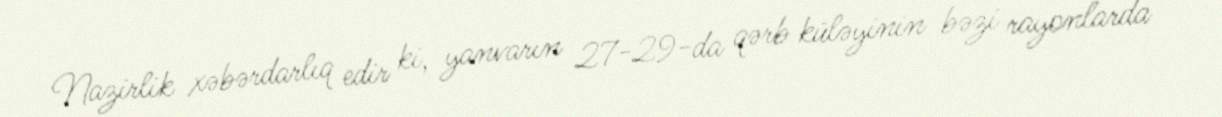
Nazirlik xəbərdarlıq edir ki, yanvarın 27-29-da qərb küləyinin bəzi rayonlarda